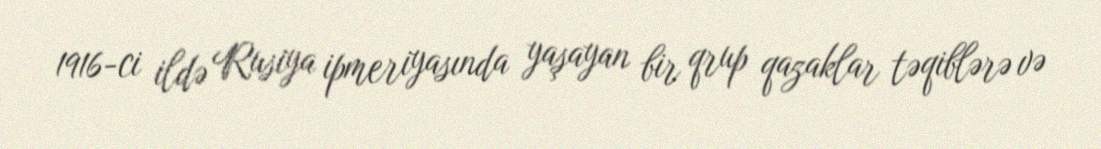
1916-ci ildə Rusiya ipmeriyasında yaşayan bir qrup qazaklar təqiblərə və